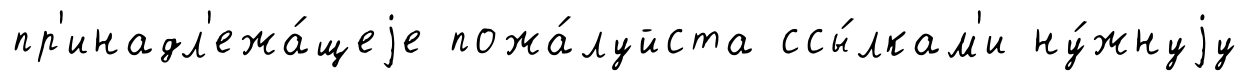
пр'инадл'ежа́щеjе пожа́луйста ссы́лкам'и ну́жнуjу